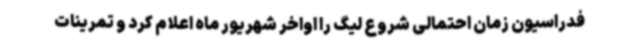
فدراسیون زمان احتمالی شروع لیگ را اواخر شهریور ماه اعلام کرد و تمرینات